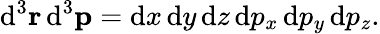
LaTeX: {\mathrm{d}}^{3}\mathbf{r}\, {\mathrm{d}}^{3}\mathbf{p}={\mathrm{d}}x\, {\mathrm{d}}y\, {\mathrm{d}}z\, {\mathrm{d}}p_{x}\, {\mathrm{d}}p_{y}\, {\mathrm{d}}p_{z}.